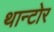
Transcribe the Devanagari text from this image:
थान्टोर